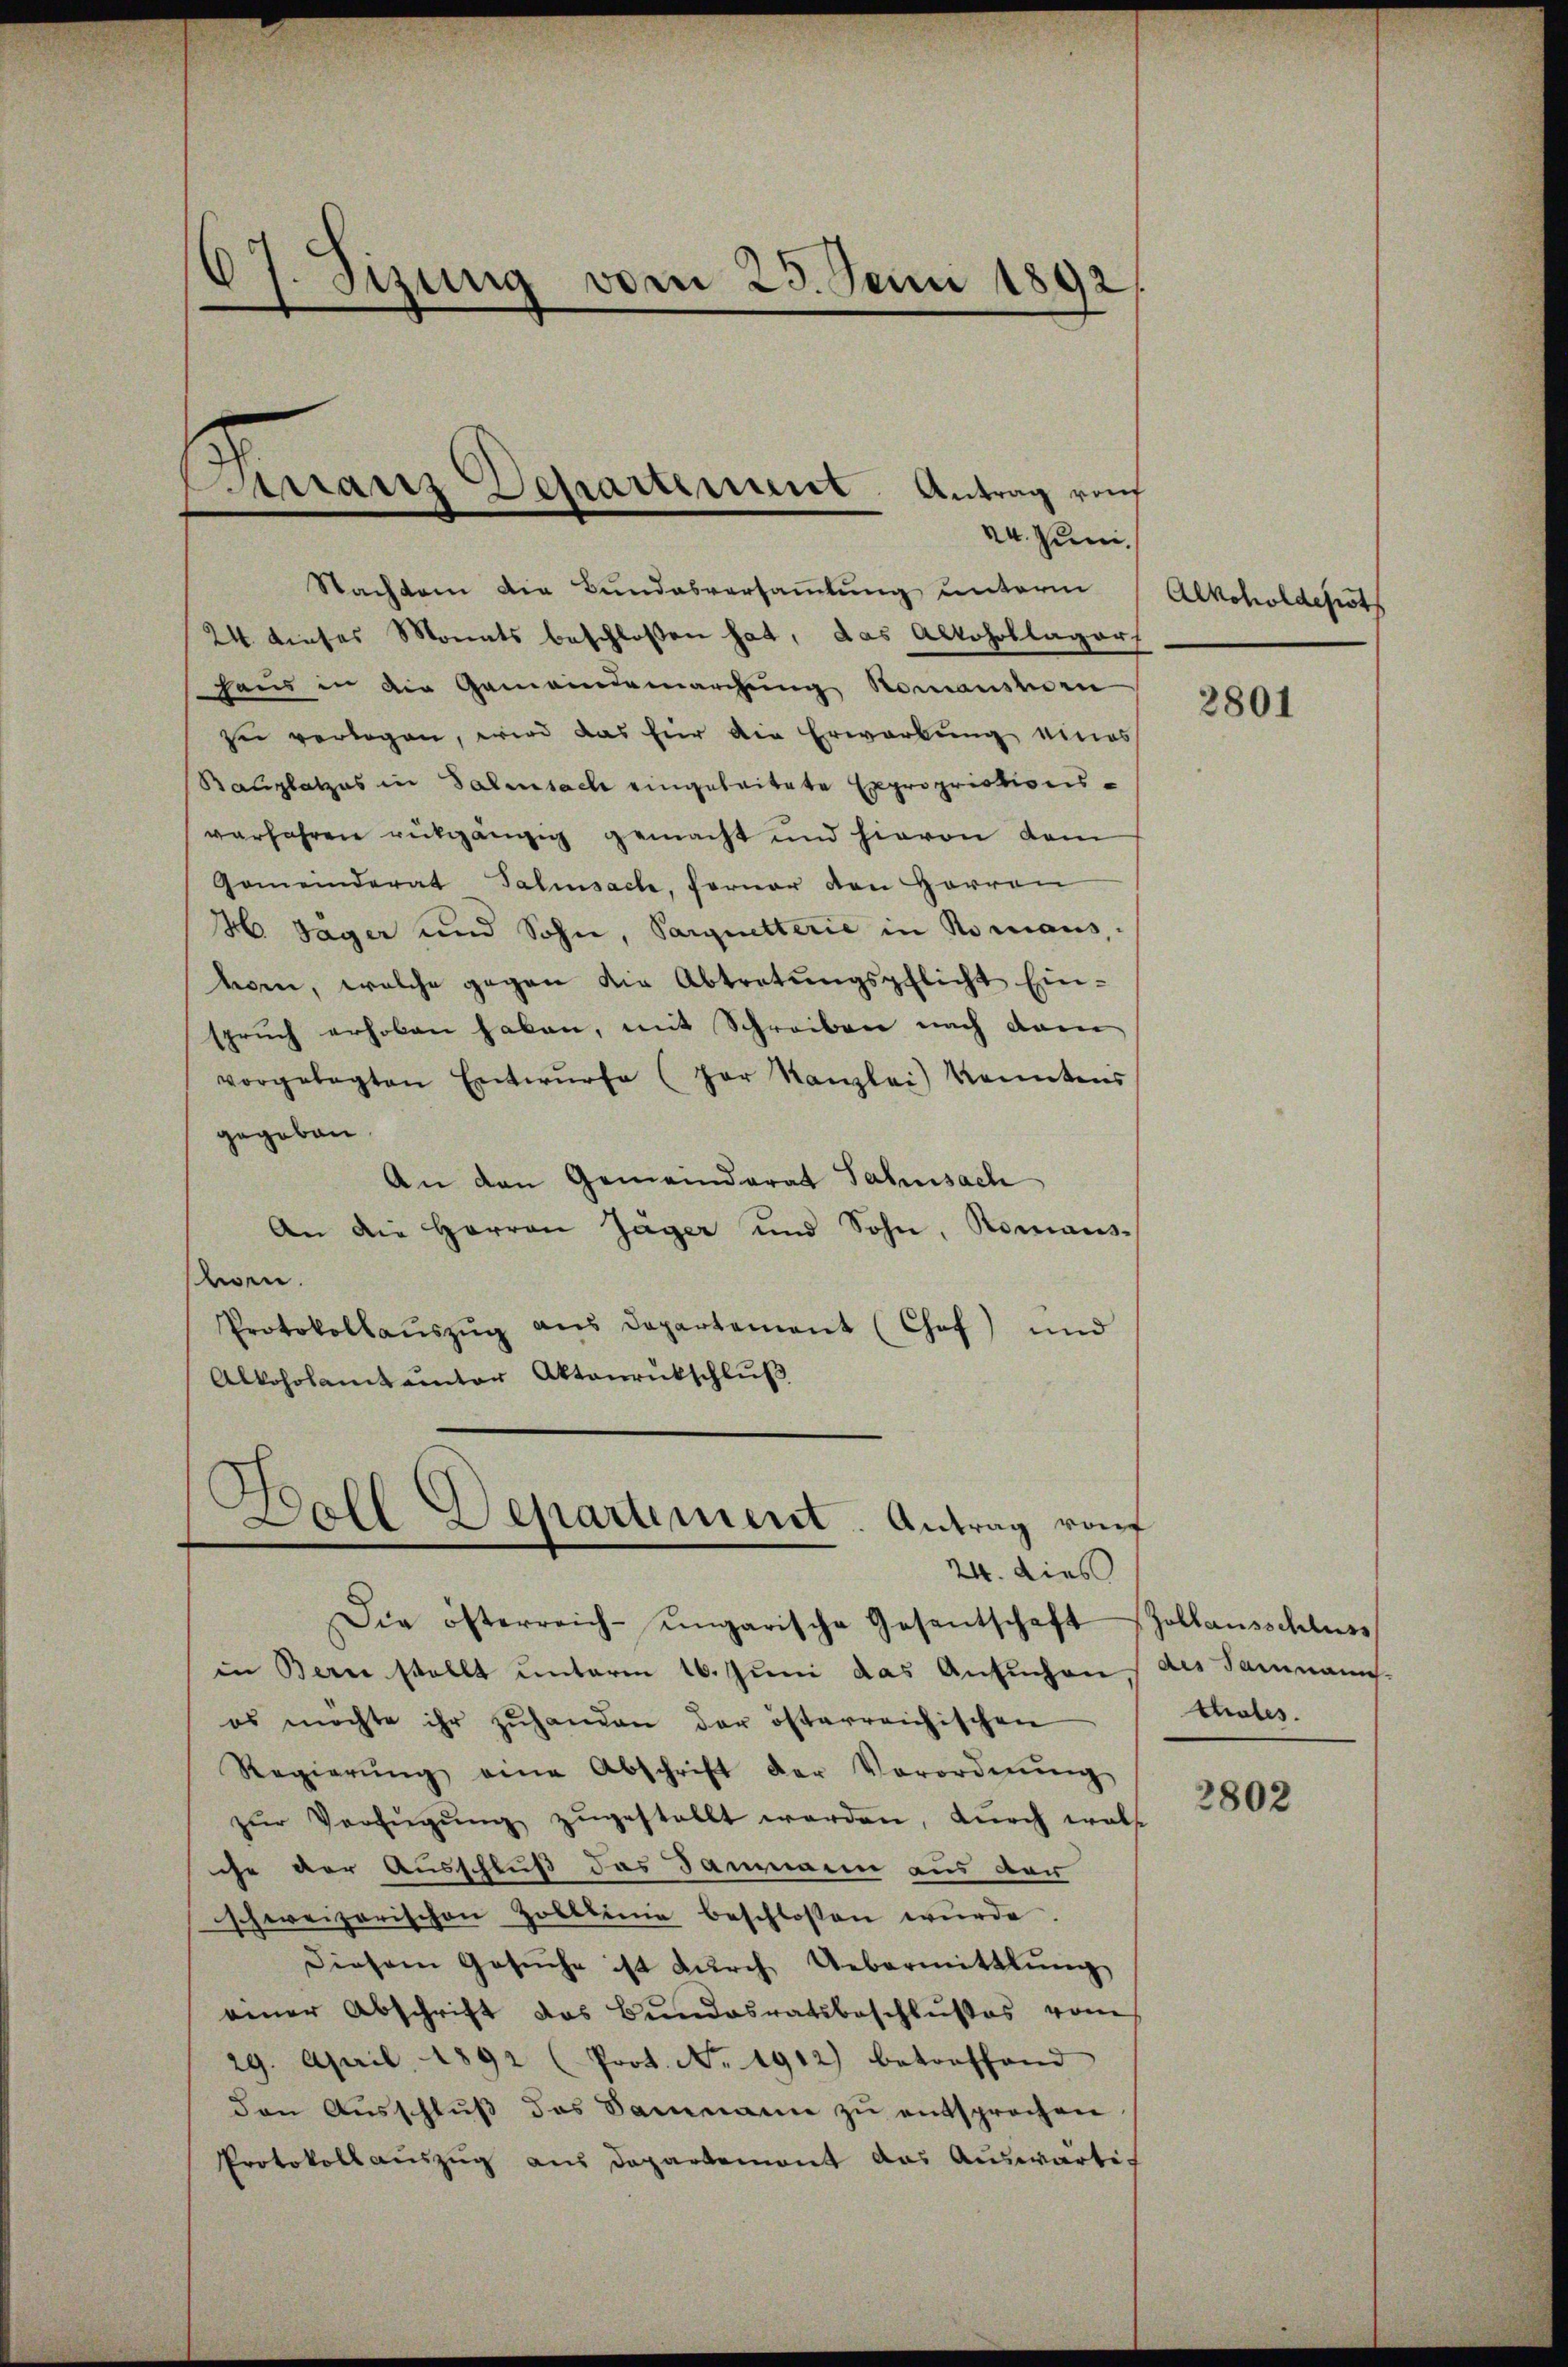
7. Sizung vom 23. Juni 1892/

24. Juni
Nachten die Bundesversammlung unterm
24 dieses Monats beschloßen hat, das Alkohoblager
haus in die Gemeindemarchung Romanshorn
zu verlegen, wird das für die Erwartung eines
Bauplatzes in Salisach eingeleitete Expropriationsverfahren rückgängig gemacht und hievon dem
Gemeinderat Salisache, ferner den Herren
H Sager und Sohn, Sarquetterie in Romans,
kam, welche gegen die Abtretŭngspflicht Ein-
sprŭch erhoben haben, mit Schreiben nach dam
vorgelegten Entwürfe (par Kanzlei kanntens
gegeben.
An den Gemeinderat Jahnsach
An die Herren Jäger und Sohn, Romanis-
wen.
Protokollaŭszŭg aŭs Departement (Chof) und
Alkoholamt unter Akteurukschluß

ranz Departement Antrag ref

24. dies
Die österreich-ungarische Gesentschaft
in Bern stellt unterm 16. Juni das Ansŭchen
es möchte ihr zŭhanden der österreichischen
Regierŭng eine Abschrift der Verordnŭng
zŭr Verfŭgŭng zŭgestellt werden, dŭrch wols
che der Ausschluß das Dammann aus der
schweizerischen Zolllinie beschlossen wurde.
Diesem Gesŭche ist dŭrch Uebermittlung
einer Abschrift das Bundesratsbeschlußes vom
29. April 1892 (Prot. No. 1912) betreffend
den Aŭsschlŭβ des Dammann zŭ entsprochen
Protokollauszug aus Departement das Auswarte-

C
Doll Departement. Antrag raf

Alkoholdepots

2801

Joblausschluss
des Sammann.
thales.

2802